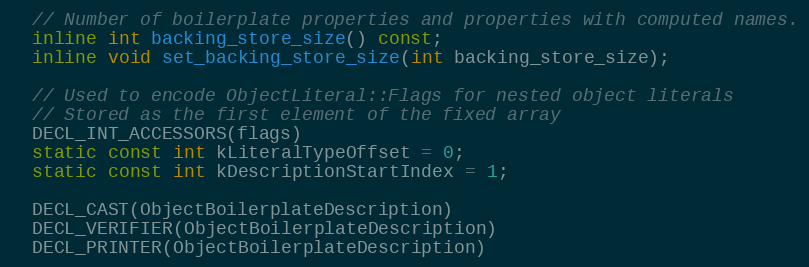
Language: C
  // Number of boilerplate properties and properties with computed names.
  inline int backing_store_size() const;
  inline void set_backing_store_size(int backing_store_size);

  // Used to encode ObjectLiteral::Flags for nested object literals
  // Stored as the first element of the fixed array
  DECL_INT_ACCESSORS(flags)
  static const int kLiteralTypeOffset = 0;
  static const int kDescriptionStartIndex = 1;

  DECL_CAST(ObjectBoilerplateDescription)
  DECL_VERIFIER(ObjectBoilerplateDescription)
  DECL_PRINTER(ObjectBoilerplateDescription)